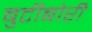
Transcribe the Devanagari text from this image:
बुटीबोरी